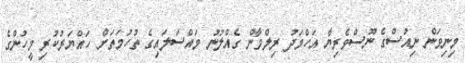
މިނިވަން ނިއުސްގެ ނޫސްވެރިޔާ އަހްމަދު ރިލްވާން ގެއްލުނު މައްސަލައިގެ ތުހުމަތަށް ހައްޔަރުކުރި މީހުންގެ